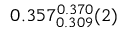
0 . 3 5 7 _ { 0 . 3 0 9 } ^ { 0 . 3 7 0 } ( 2 )